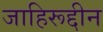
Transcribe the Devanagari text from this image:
जाहिरूद्दीन